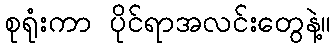
စုရုံးကာ ပိုင်ရာအလင်းတွေနဲ့။